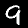
Label: 9